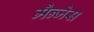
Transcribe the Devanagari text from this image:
मैन्जेस